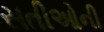
સતીઓની